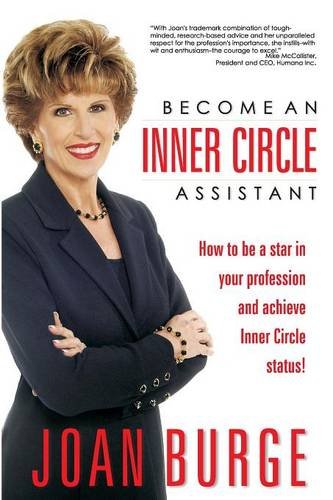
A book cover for Become An Inner Circle Assistant; Joan Burge; Business & Money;